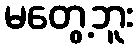
မတွေ့ဘူး